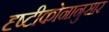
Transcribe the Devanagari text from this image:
दृष्टीकोनानुसार